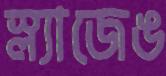
স্ল্যাজেঙ